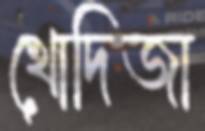
খোদিজা